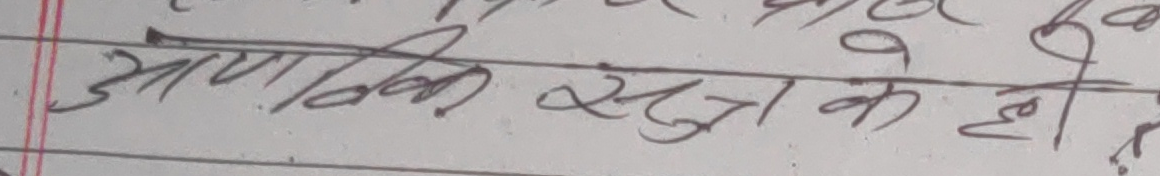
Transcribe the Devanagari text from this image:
आणविक सूत्र के हो